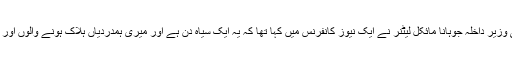
لاشیں ملنے کے بعد آسٹریا کی وزیر داخلہ جوہانا مائکل لیٹنر نے ایک نیوز کانفرنس میں کہا تھا کہ یہ ایک سیاہ دن ہے اور میری ہمدردیاں ہلاک ہونے والوں اور ان کے خاندانوں کے ساتھ ہیں۔